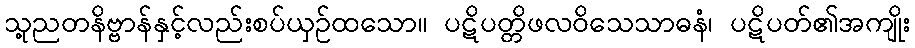
သု့ညတနိဗ္ဗာန်နှင့်လည်းစပ်ယှဉ်ထသော။ ပဋိပတ္တိဖလဝိသေသာဓနံ၊ ပဋိပတ်၏အကျိုး